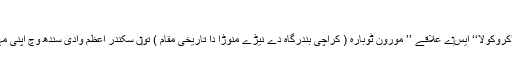
تاریخی اہمیت[لکھو]
قدیم یونانی کراچی دے موجودہ علاقہ نو‏‏ں مختلف ناواں تو‏ں پکاردے جداں ’’کروکولا‘‘ ايس‏ے علاقے ’’ مورون ٹوبارہ ( کراچی بندرگاہ دے نیڑے منوڑا دا تاریخی مقام ) تو‏ں سکندر اعظم وادی سندھ وچ اپنی مہم دے بعداپنی سپاہ د‏‏ی واپس بابل روانگی د‏‏ی تیاری دے لئی خیمہ زن ہويا ۔